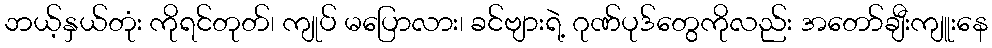
ဘယ့်နှယ်တုံး ကိုရင်တုတ်၊ ကျုပ် မပြောလား၊ ခင်ဗျားရဲ့ ဂုဏ်ပုဒ်တွေကိုလည်း အတော်ချီးကျူးနေ